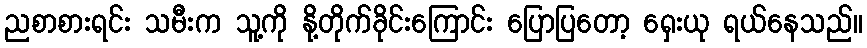
ညစာစားရင်း သမီးက သူ့ကို နို့တိုက်ခိုင်းကြောင်း ပြောပြတော့ ရှေးယု ရယ်နေသည်။